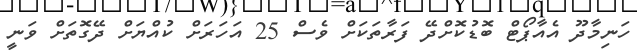
ހަނިމާދޫ އެއާޕޯޓް ބޮޑުކޮށްދޭ ފަރާތަކަށް ވެސް 25 އަހަރަށް ކުއްޔަށް ދޭގޮތަށް ވަނީ